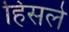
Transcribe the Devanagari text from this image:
हिंसले